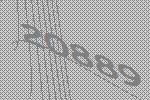
20889